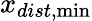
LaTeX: x_{dist,\operatorname*{min}}